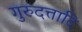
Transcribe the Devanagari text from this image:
गुरुदत्तादि